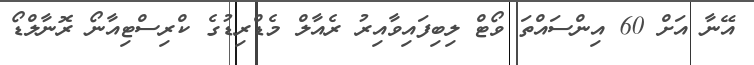
އޭނާ އަށް 60 އިންސައްތަ ވޯޓް ލިބިފައިވާއިރު ރެއާލް މެޑްރިޑުގެ ކްރިސްޓިއާނޯ ރޮނާލްޑޯ